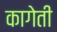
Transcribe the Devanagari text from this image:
कागेती